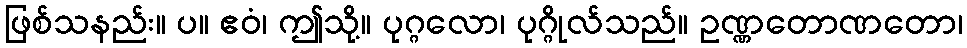
ဖြစ်သနည်း။ ပ။ ဧဝံ၊ ဤသို့။ ပုဂ္ဂလော၊ ပုဂ္ဂိုလ်သည်။ ဥဏ္ဏတောဏတော၊